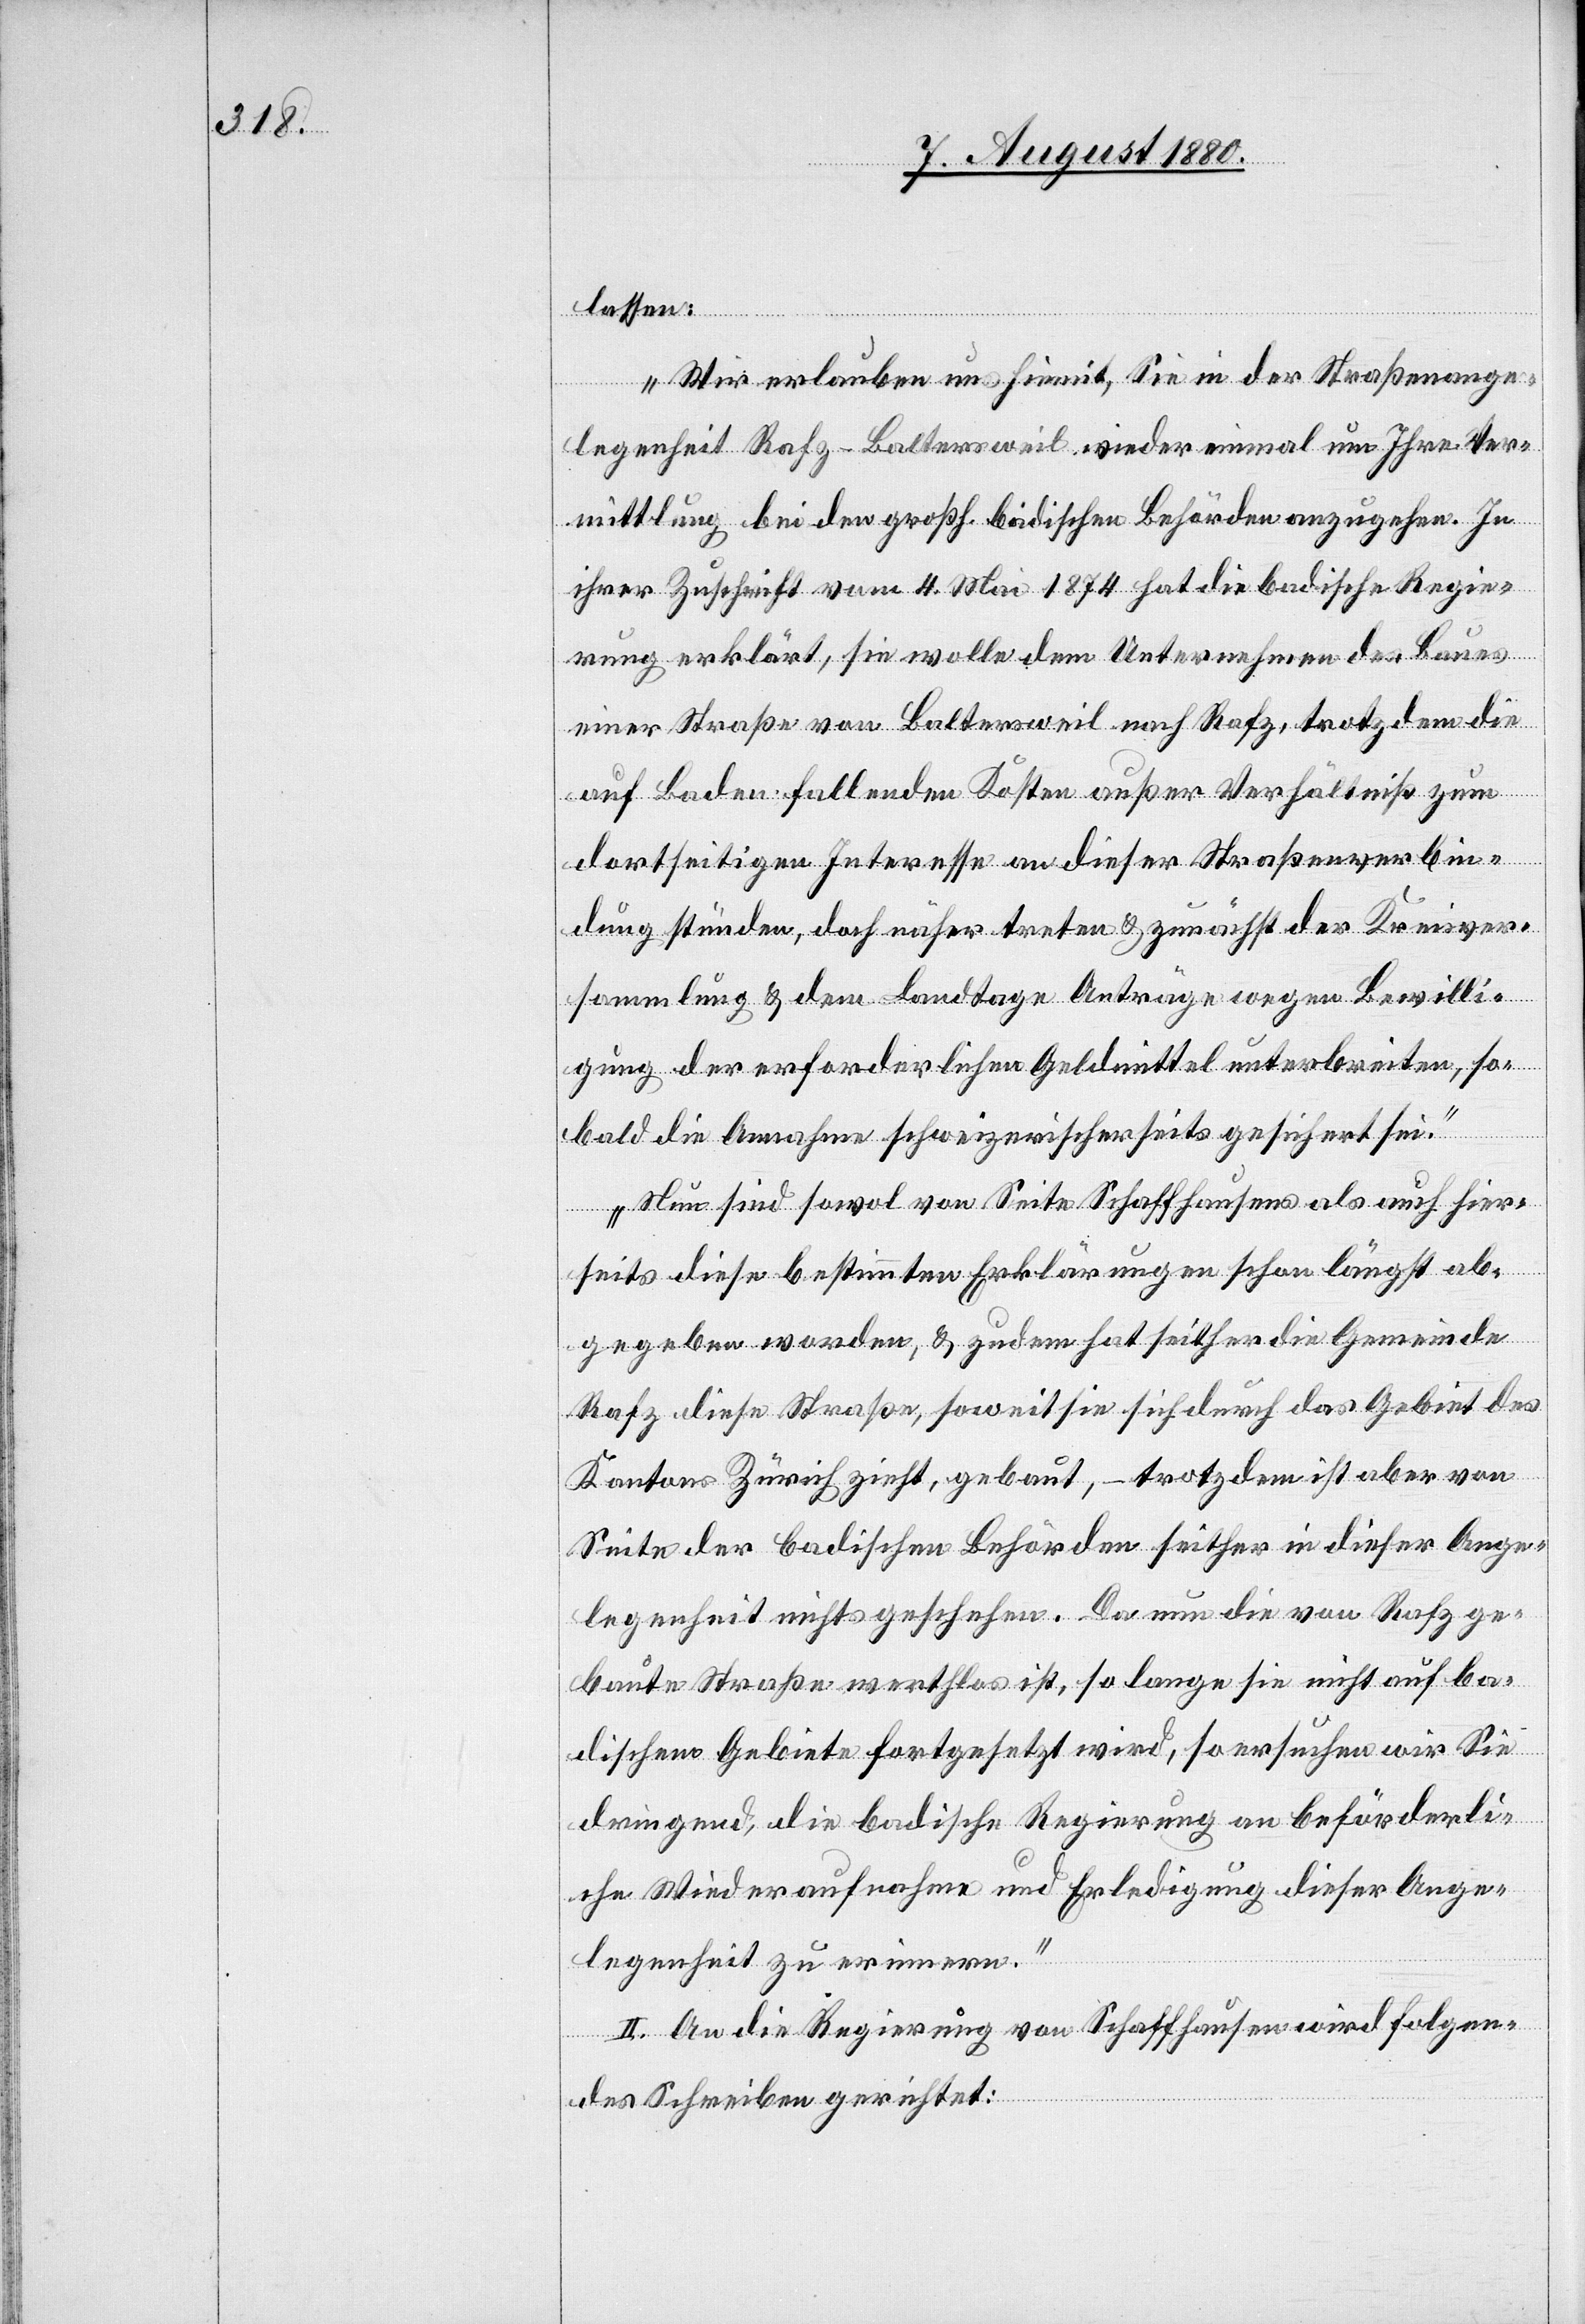
lassen:
„Wir erlauben uns hiermit, Sie in der Straßenange¬
legenheit Rafz–Baltersweil wieder einmal um Ihre Ver¬
mittlung bei den großh. badischen Behörden anzugehen. In
ihrer Zuschrift vom 4. Mai 1874 hat die badische Regie¬
rung erklärt, sie wolle dem Unternehmen des Baues
einer Straße von Baltensweil nach Rafz, trotzdem die
auf Baden fallenden Kosten außer Verhältniß zum
dortseitigen Interesse an dieser Straßenverbin¬
dung stünden, doch näher treten & zunächst der Kreisver¬
sammlung & dem Landtage Anträge wegen Bewilli¬
gung der erforderlichen Geldmittel unterbreiten, so¬
bald die Annahme schweizerischerseits gesichert sei.
Nun sind sowol von Seite Schaffhausen als auch hier¬
seits diese bestimmten Erklärungen schon längst ab¬
gegeben worden, & zudem hat seither die Gemeinde
Rafz, diese Straße, soweit sie sich durch das Gebiet des
Kantons Zürich zieht, gebaut, – trotzdem ist aber von
Seite der badischen Behörden seither in dieser Ange¬
legenheit nichts geschehen. Da nun die von Rafz ge¬
baute Straße wertlos ist, so lange sie nicht auf ba¬
dischem Gebiete fortgesetzt wird, so ersuchen wir Sie
dringend, die badische Regierung an beförderli¬
che Wiederaufnahme und Erledigung dieser Ange¬
legenheit zu erinnern.“
II. An die Regierung von Schaffhausen wird folgen¬
des Schreiben gerichtet: